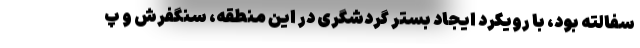
سفالته بود، با رویکرد ایجاد بستر گردشگری در این منطقه، سنگفرش و پ